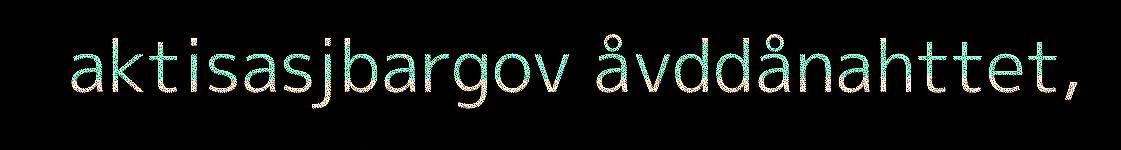
aktisasjbargov åvddånahttet,